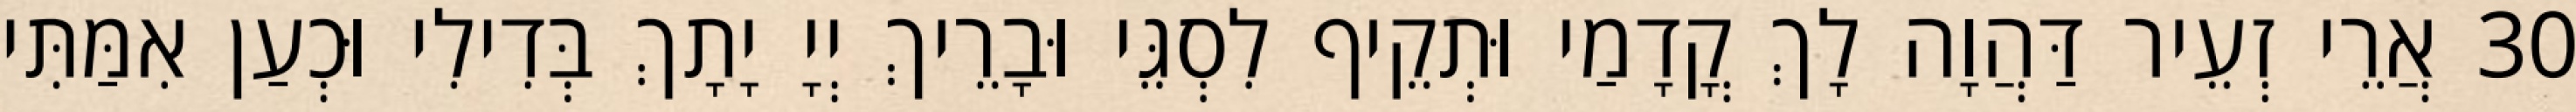
30 אֲרֵי זְעֵיר דַּהֲוָה לָךְ קֳדָמַי וּתְקֵיף לִסְגֵּי וּבָרֵיךְ יְיָ יָתָךְ בְּדִילִי וּכְעַן אִמַּתִּי